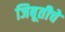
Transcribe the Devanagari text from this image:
जिबूतीचे